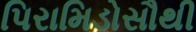
પિરામિડોસૌથી